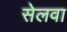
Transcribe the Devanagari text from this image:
सेलवा